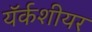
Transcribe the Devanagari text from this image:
यॅर्कशीयर